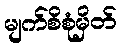
မျက်စိစုံမှိတ်